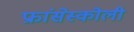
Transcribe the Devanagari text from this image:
फ्रांसेस्कोली